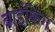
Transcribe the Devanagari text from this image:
बाईकिंग